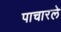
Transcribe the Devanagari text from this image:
पाचारले